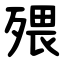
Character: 㱬